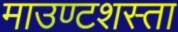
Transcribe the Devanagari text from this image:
माउण्टशस्ता